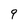
Character: 9